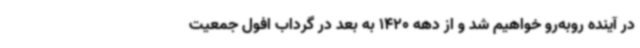
در آینده روبه‌رو خواهیم شد و از دهه 1420 به بعد در گرداب افول جمعیت